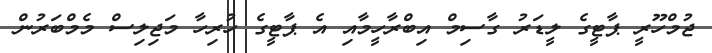
ޖުމްހޫރީ ޕާޓީގެ ލީޑަރު ގާސިމް އިބްރާހީމާއި އެ ޕާޓީގެ ހުރިހާ މަޖިލިސް މެމްބަރުން